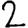
Digit: 2